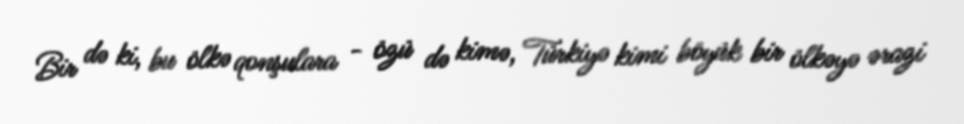
Bir də ki, bu ölkə qonşulara - özü də kimə, Türkiyə kimi böyük bir ölkəyə ərazi